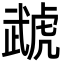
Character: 虣